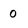
Character: 0